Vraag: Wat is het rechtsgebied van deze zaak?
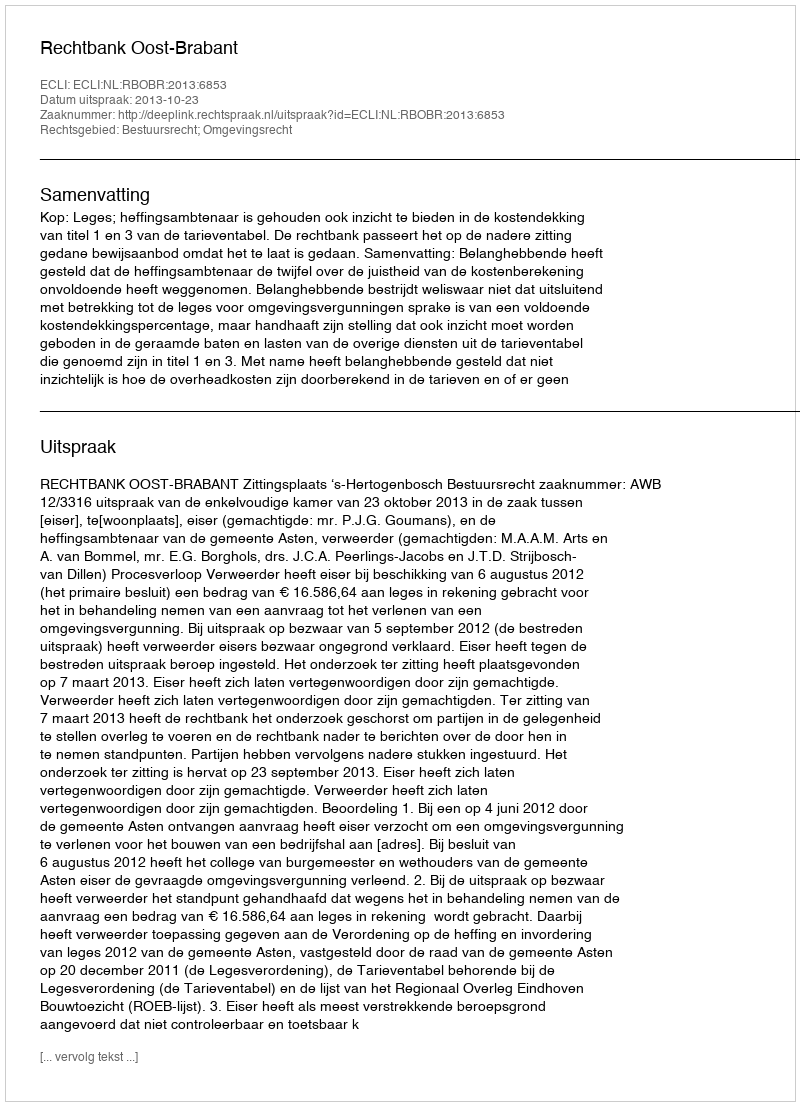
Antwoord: Bestuursrecht; Omgevingsrecht